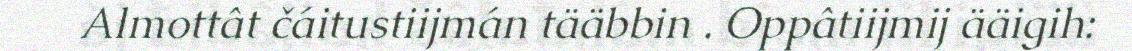
Almottât čáitustiijmán tääbbin . Oppâtiijmij ääigih: